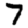
Digit: 7